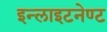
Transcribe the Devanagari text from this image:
इन्लाइटनेण्ट